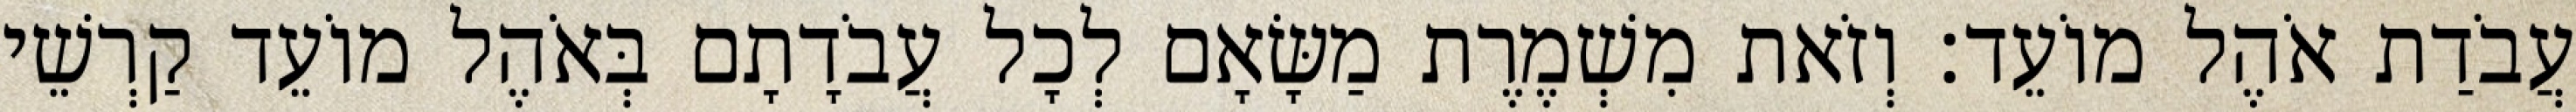
עֲבֹדַת אֹהֶל מוֹעֵד׃ וְזֹאת מִשְׁמֶרֶת מַשָּׂאָם לְכָל עֲבֹדָתָם בְּאֹהֶל מוֹעֵד קַרְשֵׁי